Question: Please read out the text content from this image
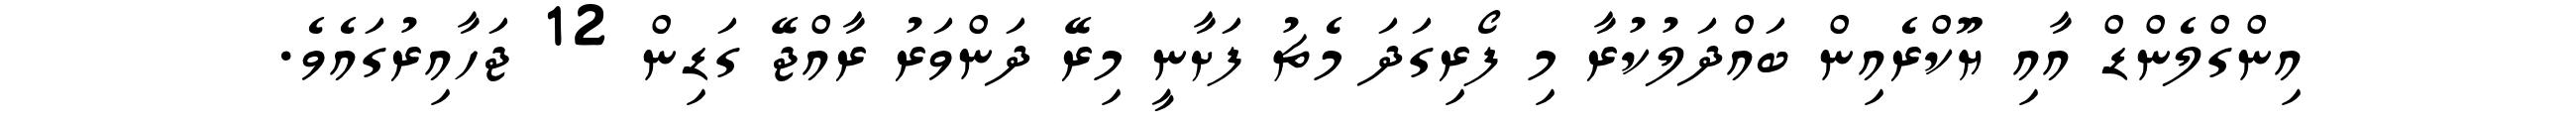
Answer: އިންގްލެންޑް އާއި ޔޫކްރެއިން ބައްދަލުކުރާ މި ފޯރިގަދަ މެޗު ފަށާނީ މިރޭ ދަންވަރު ރާއްޖޭ ގަޑިން 12 ޖަހާއިރުގައެވެ.